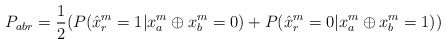
\begin{align*}\begin{aligned}P_{abr} = \frac{1}{2} ( P(\hat x_r^m = 1 | x^m_a \oplus x^m_b = 0 ) + P(\hat x^m_r = 0 | x^m_a \oplus x^m_b = 1 ))\end{aligned}\end{align*}